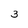
Character: 3